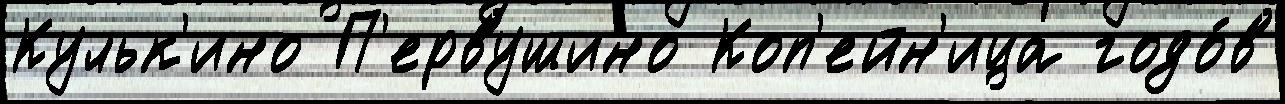
Кульк'ино П'ервушино Коп'ейн'ица годо́в